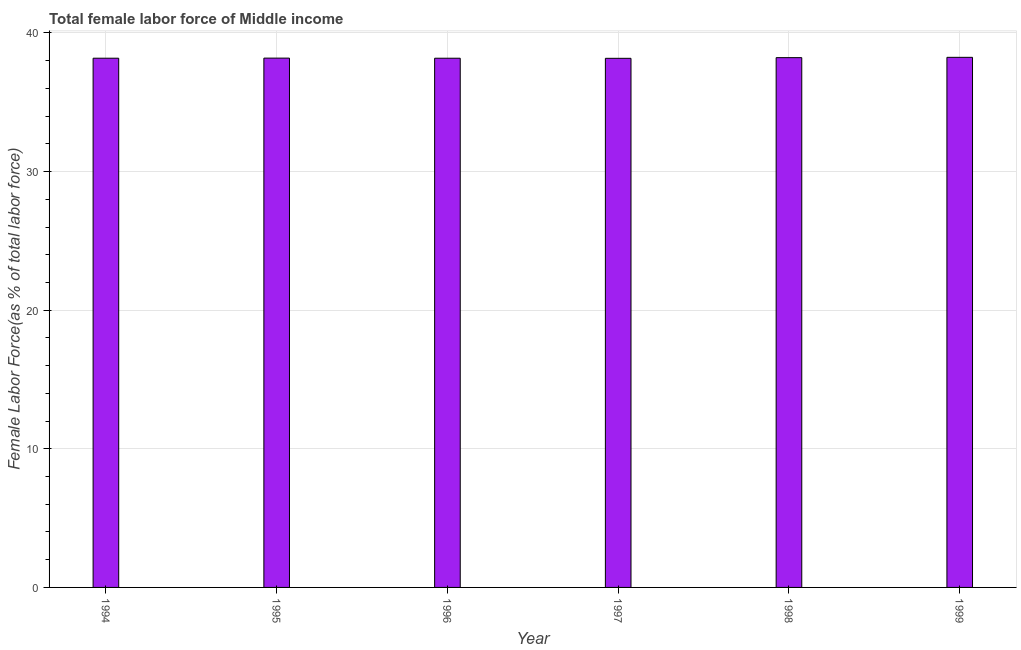
| Year | Female Labor force |
 | --- | --- |
 | 1994 | 38.2 |
 | 1995 | 38.2 |
 | 1996 | 38.2 |
 | 1997 | 38.2 |
 | 1998 | 38.2 |
 | 1999 | 38.2 |